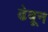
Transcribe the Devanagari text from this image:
ढेवून